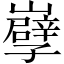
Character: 𡾤